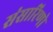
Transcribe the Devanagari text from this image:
संसारिणो